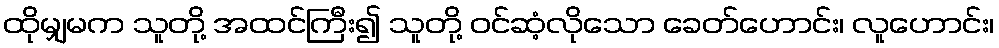
ထိုမျှမက သူတို့ အထင်ကြီး၍ သူတို့ ဝင်ဆံ့လိုသော ခေတ်ဟောင်း၊ လူဟောင်း၊